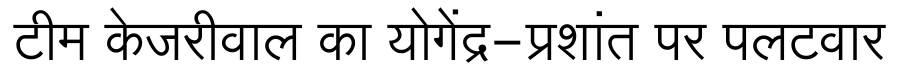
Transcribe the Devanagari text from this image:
टीम केजरीवाल का योगेंद्र-प्रशांत पर पलटवार